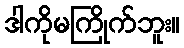
ဒါကိုမကြိုက်ဘူး။